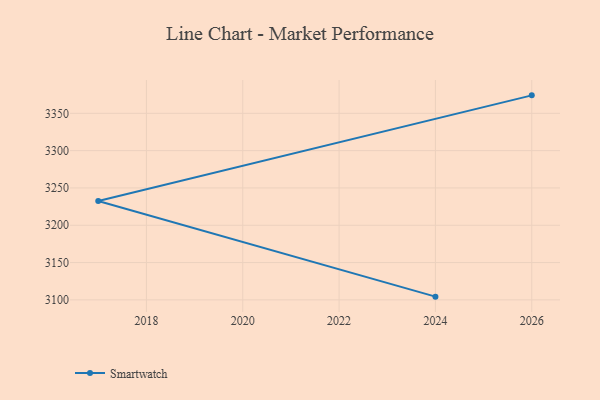
{"axis": {"x": "Year", "y": "Humidity (%)"}, "legend": ["Smartwatch"], "data": [{"x": "2024", "y": 3104.3, "type": "Smartwatch"}, {"x": "2017", "y": 3232.6, "type": "Smartwatch"}, {"x": "2026", "y": 3374.1, "type": "Smartwatch"}]}